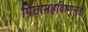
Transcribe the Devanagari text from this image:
पितामहविष्णुनते